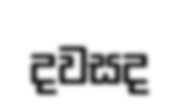
දවසද